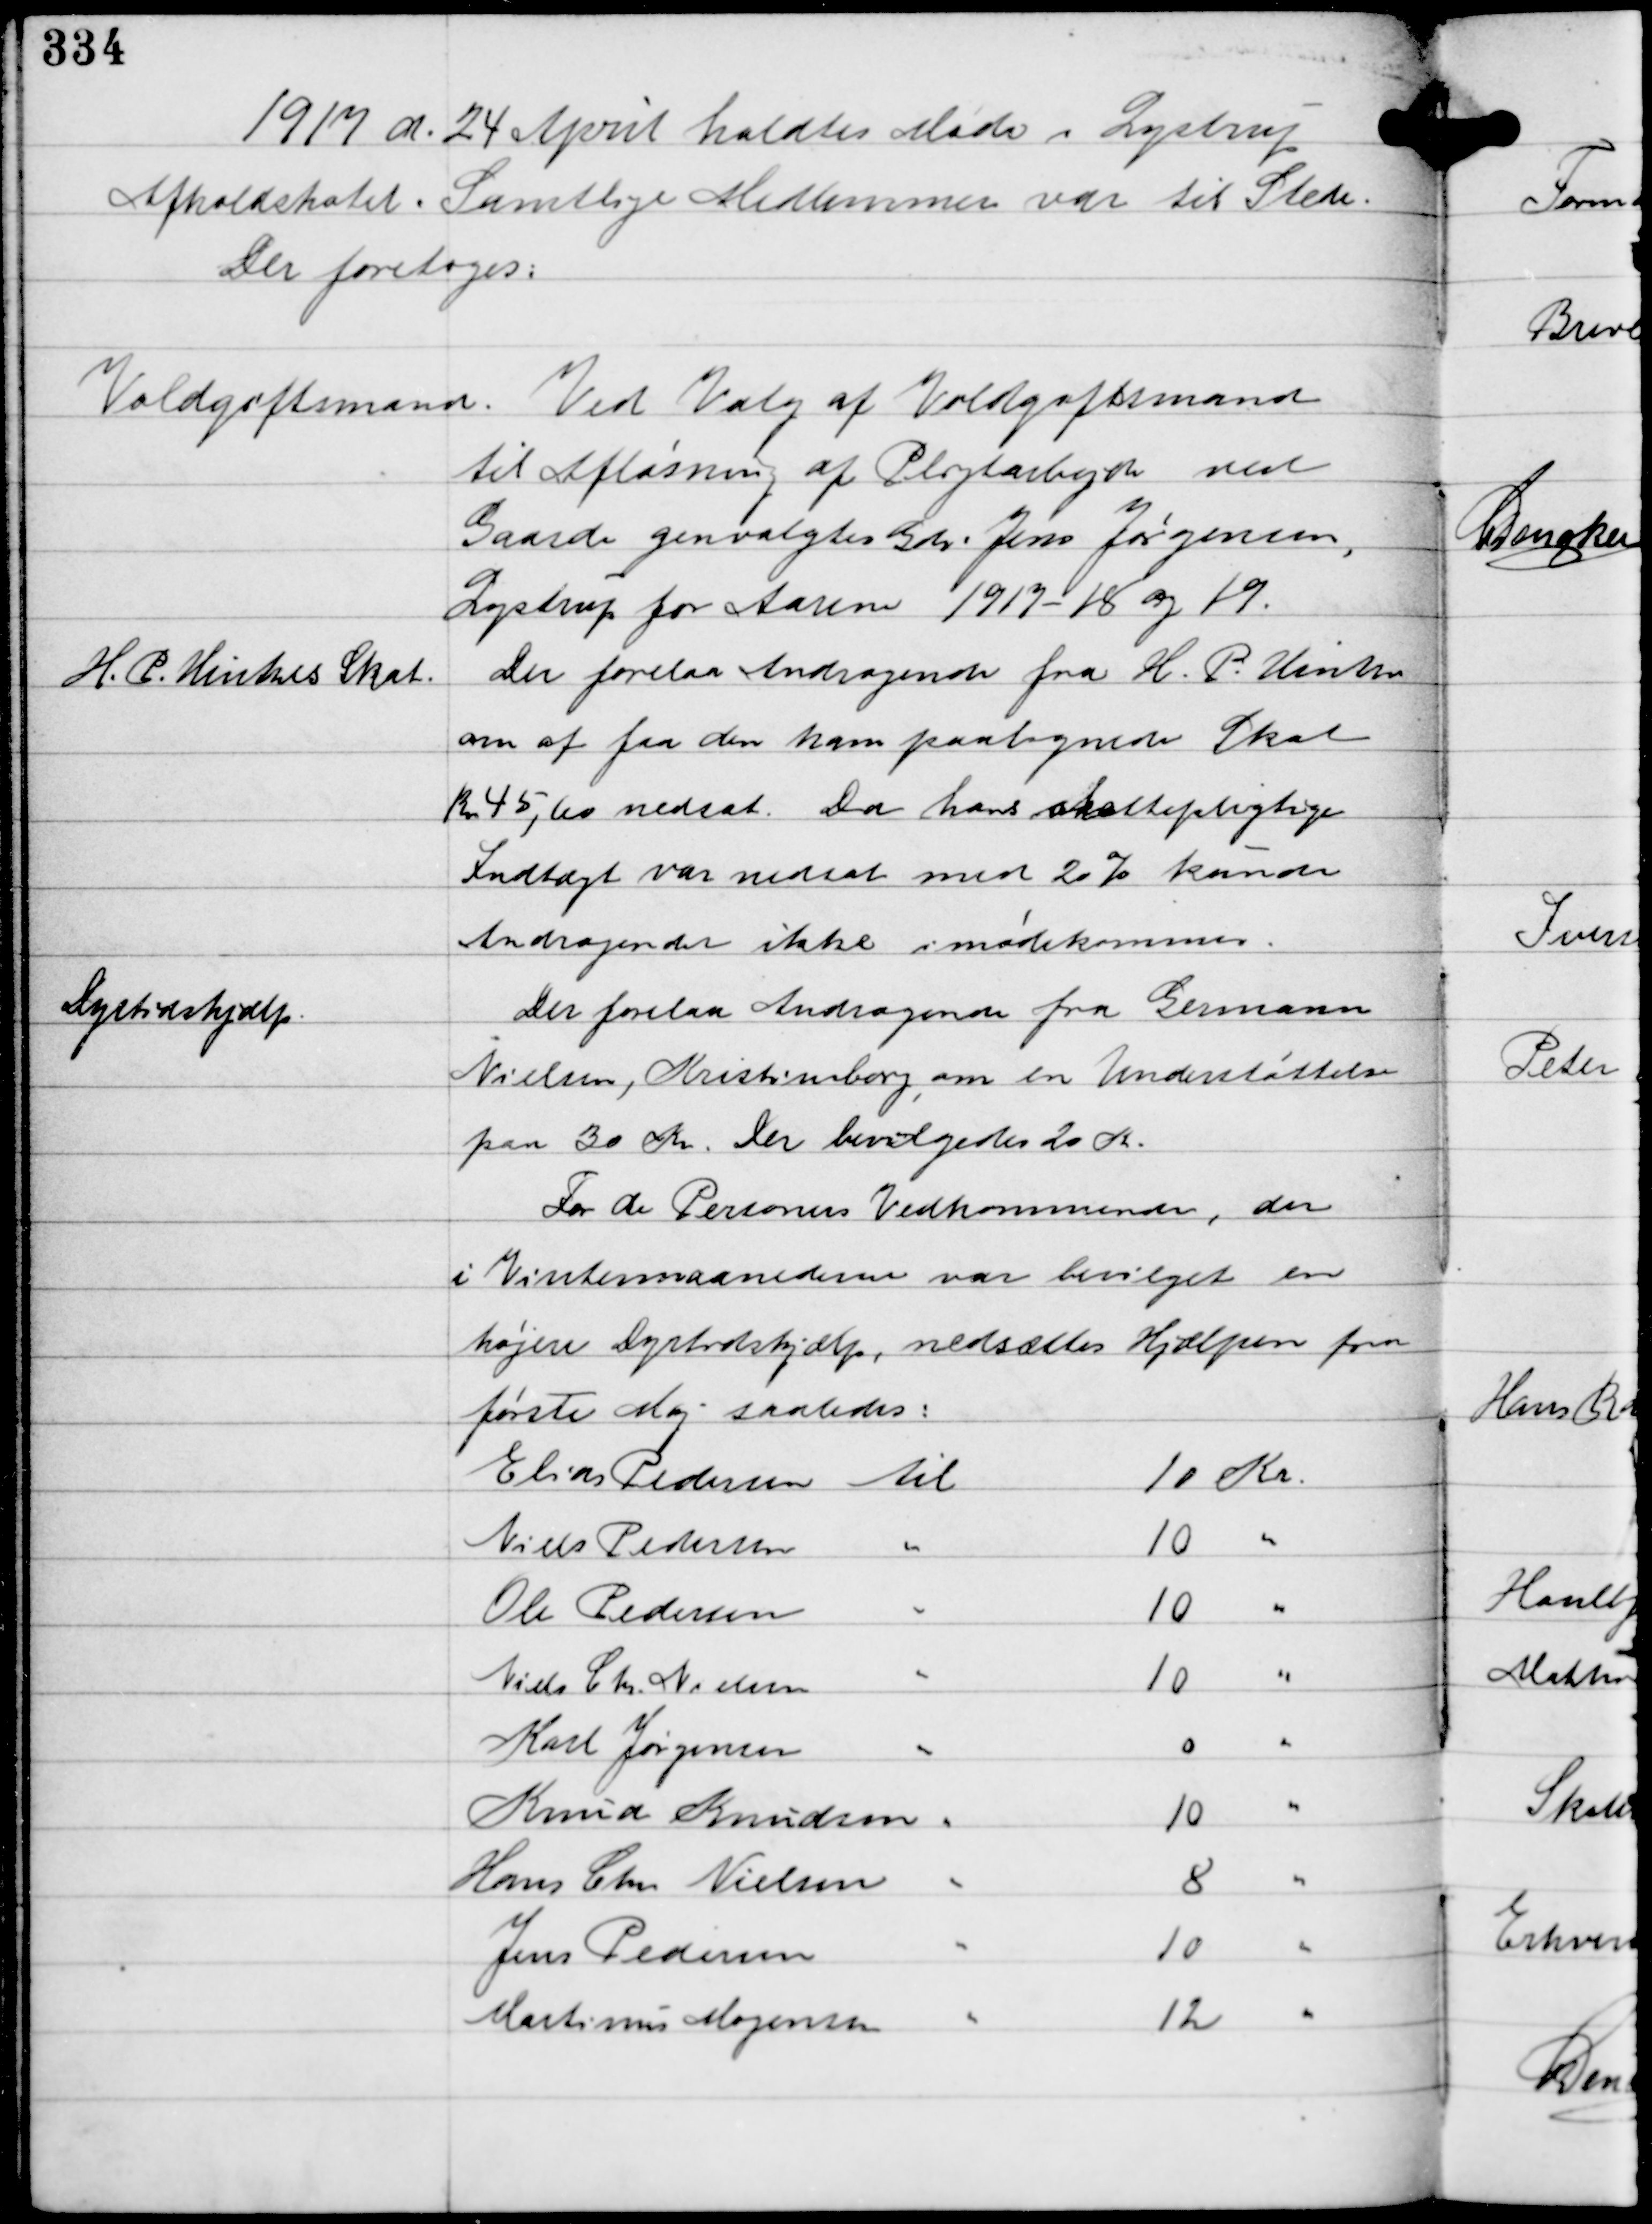
Transskription:
1917 d. 24 April holdtes Møde i Lystrup
Afholdshotel. Samtlige Medlemmer var til Stede.
Der foretoges:

Voldgiftsmand.

Ved Valg af Voldgiftsmand
til Afløsning af Pligtarbejde ved
Gaarde genvalgtes Gdr. Jens Jørgensen,
Lystrup for Aarene 1917-18 og 19.

H.P Hintzes Skat

Der forelaa Andragende fra H.P. Hintze
om at faa den ham paalignede Skat
Kr. 45,60 nedsat. Da hans skattepligtige
Indtægt var nedsat med 20% kunde
Andragendet ikke imødekommes.

Dyrtidshjælp.

Der forelaa Andragende fra Germann
Nielsen, Kristineborg, om en Understøttelse
paa 30 Kr. Der bevilgedes 20 Kr.
For de Personers Vedkommende, der
i Vintermaanederne var bevilget en
højere Dyrtidshjælp, nedsættes Hjælpen fra
første Maj saaledes: